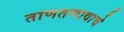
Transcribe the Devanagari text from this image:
ताणतणावाचे